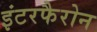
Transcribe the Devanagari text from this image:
इंटरफैरोन